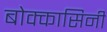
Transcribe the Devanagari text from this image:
बोक्कासिनी